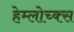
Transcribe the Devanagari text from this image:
हेम्लोच्क्स